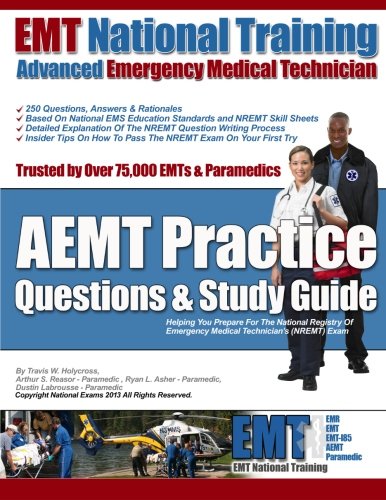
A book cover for EMT National Training AEMT Practice Questions & Study Guide; Mr. Travis W Holycross; Medical Books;